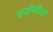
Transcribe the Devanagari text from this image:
एजेंसीओं